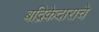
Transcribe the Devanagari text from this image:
बद्रिकेदाराचे